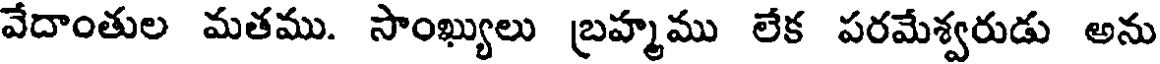
వేదాంతుల మతము. సాంఖ్యులు బ్రహ్మము లేక పరమేశ్వరుడు అను